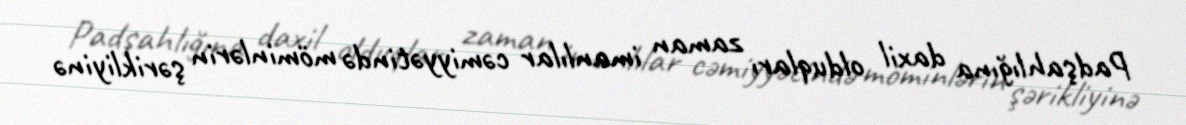
Padşahlığına daxil olduqları zaman imanlılar cəmiyyətində möminlərin şərikliyinə